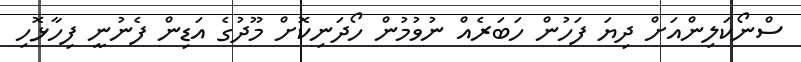
ސްނޯކަލިންއަށް ދިޔަ ފަހުން ހަބަރެއް ނުވުމުން ހޯދަނިކޮށް މޫދުގެ އަޑިން ފެނުނީ ފިހާޅޮހި